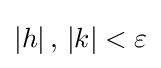
\left|h\right|,\,\left|k\right|<\varepsilon